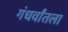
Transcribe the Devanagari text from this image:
गंधर्वांतला